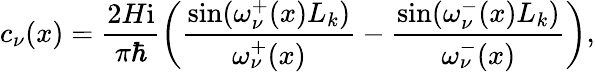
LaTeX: c_{\nu}(x)=\frac{2H\mathrm{i}}{\pi\hbar}\left(\frac{\sin(\omega_{\nu}^{+}(x)L_{k})}{\omega_{\nu}^{+}(x)}-\frac{\sin(\omega_{\nu}^{-}(x)L_{k})}{\omega_{\nu}^{-}(x)}\right),